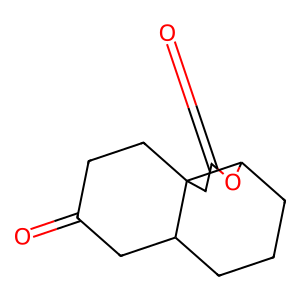
SMILES: O=C1CCC23CC(=O)OC2CCCC3C1
Inhibits HIV replication: No